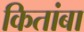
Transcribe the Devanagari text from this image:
कितांबा